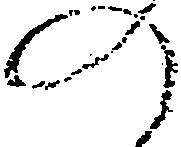
の